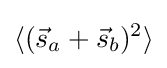
\langle ({\vec {s}}_{a}+{\vec {s}}_{b})^{2}\rangle